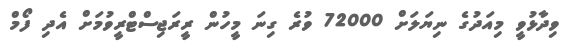
ވިދާޅުވީ މިއަދުގެ ނިޔަލަށް 72000 ވުރެ ގިނަ މީހުން ރީރަޖިސްޓްރީވުމަށް އެދި ފޯމް